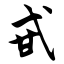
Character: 甙